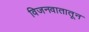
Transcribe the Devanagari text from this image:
विजनवातातून